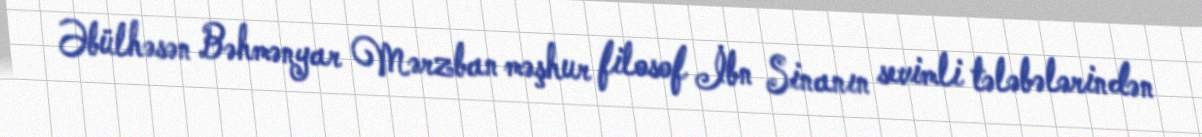
Əbülhəsən Bəhmənyar Mərzban məşhur filosof İbn Sinanın sevimli tələbələrindən